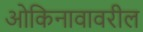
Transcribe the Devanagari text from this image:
ओकिनावावरील